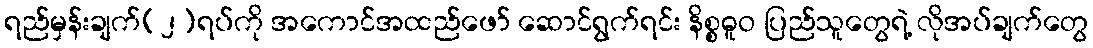
ရည်မှန်းချက်(၂)ရပ်ကို အကောင်အထည်ဖော် ဆောင်ရွက်ရင်း နိစ္စဓူဝ ပြည်သူတွေရဲ့ လိုအပ်ချက်တွေ